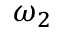
\omega _ { 2 }